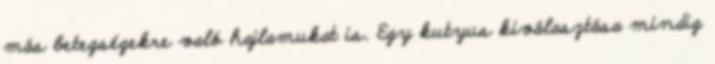
más betegségekre való hajlamukat is. Egy kutyus kiválasztása mindig